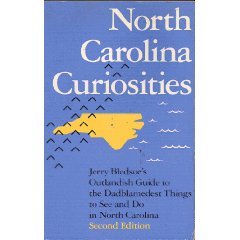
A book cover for Carolina curiosities: Jerry Bledsoe's outlandish guide to the dadblamedest things to see and do in North Carolina; Jerry Bledsoe; Travel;